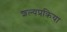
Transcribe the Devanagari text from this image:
शल्यप्रक्रिया